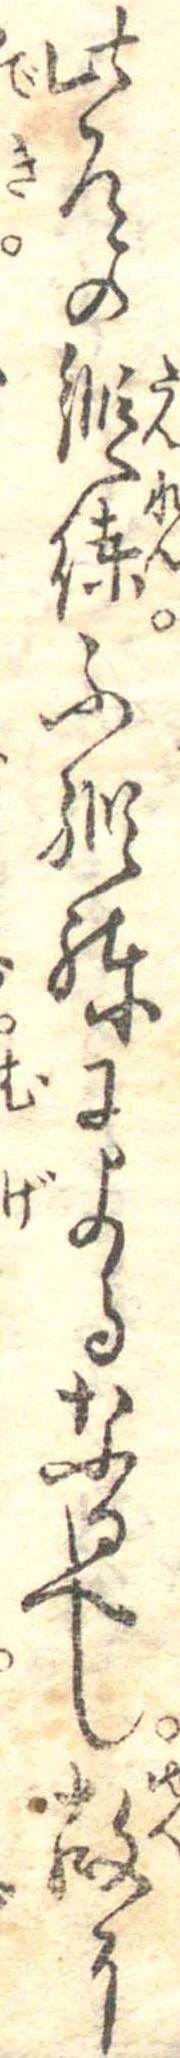
此為の鍛練不鍛練によるなるへし故に